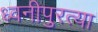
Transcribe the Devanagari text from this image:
ध्वनीपुरत्या